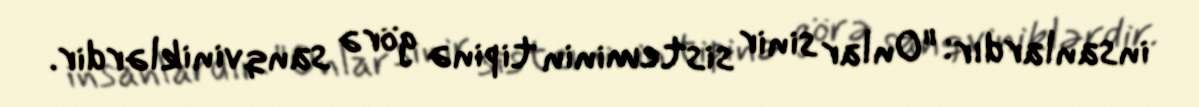
insanlardır: "Onlar sinir sisteminin tipinə görə sanqviniklərdir.